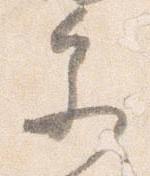
参